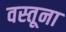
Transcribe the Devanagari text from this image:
वस्तूना